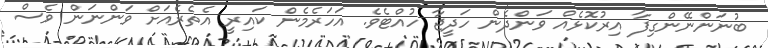
ބުނަންނޭންގިފާ އިރުކޮޅެއް ވަންދެން ހަދީޖާ ހުއްޓެވެ. އަހަރެމެން ކައިރީ އެތެރެއަށް ވަންނަން ވެސް